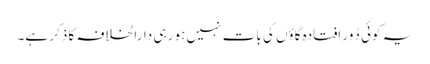
یہ کوئی دُور افتادہ گاؤں کی بات نہیں ہو رہی دارالخلافہ کا ذکر ہے۔